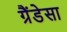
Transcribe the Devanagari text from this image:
ग्रैंडेसा